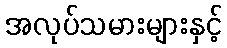
အလုပ်သမားများနှင့်